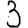
Digit: 3